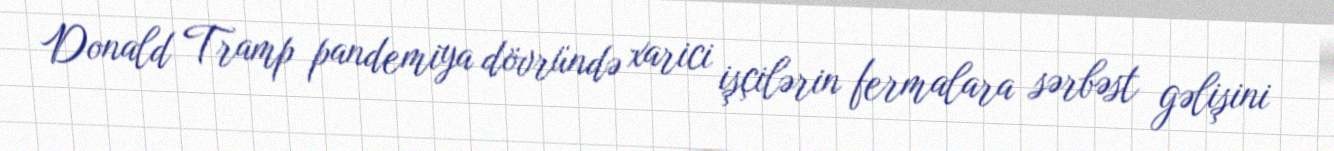
Donald Tramp pandemiya dövründə xarici işçilərin fermalara sərbəst gəlişini